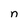
Character: n